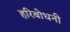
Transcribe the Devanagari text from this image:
हरिबोधनी